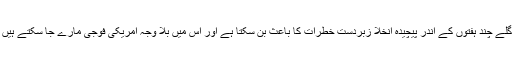
اگلے چند ہفتوں کے اندر پیچیدہ انخلا زبردست خطرات کا باعث بن سکتا ہے اور اس میں بلا وجہ امریکی فوجی مارے جا سکتے ہیں ۔